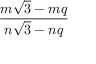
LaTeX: \frac { m { \sqrt { 3 } } - m q } { n { \sqrt { 3 } } - n q }